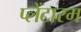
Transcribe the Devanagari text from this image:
प्लेंटारम